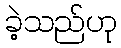
ခဲ့သည်ဟု